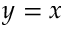
y = x